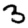
Digit: 3